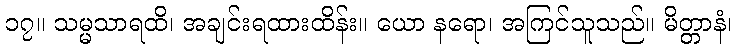
၁၇။ သမ္မသာရထိ၊ အချင်းရထားထိန်း။ ယော နရော၊ အကြင်သူသည်။ မိတ္တာနံ၊